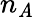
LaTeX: n_{\mathit{A}}